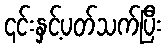
၎င်းနှင့်ပတ်သက်ပြီး